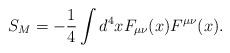
LaTeX: \begin{align*}S_{M}=-\frac{1}{4}\int d^{4}x F_{\mu\nu}(x)F^{\mu\nu}(x).\end{align*}